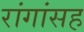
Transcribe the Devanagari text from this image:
रांगांसह